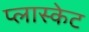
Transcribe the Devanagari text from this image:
प्लास्केट